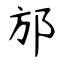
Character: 邡